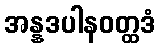
အန္နဒပါနဝတ္ထဒံ